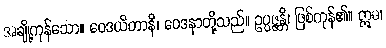
အချို့ကုန်သော။ ဝေဒယိတာနိ၊ ဝေဒနာတို့သည်။ ဥပ္ပဇ္ဇန္တိ၊ ဖြစ်ကုန်၏။ ဣဓ၊